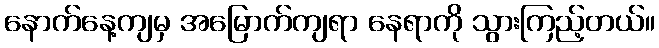
နောက်နေ့ကျမှ အမြောက်ကျရာ နေရာကို သွားကြည့်တယ်။